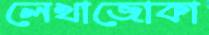
লেখাজোকা